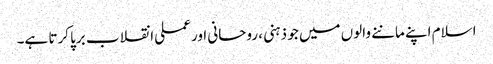
اسلام اپنے ماننے والوں میں جو ذہنی ، روحانی اور عملی انقلاب برپا کرتا ہے۔